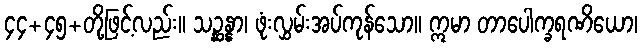
၄၄+၄၅+တို့ဖြင့်လည်း။ သဉ္ဆန္နာ၊ ဖုံးလွှမ်းအပ်ကုန်သော။ ဣမာ တာပေါက္ခရဏိယော၊